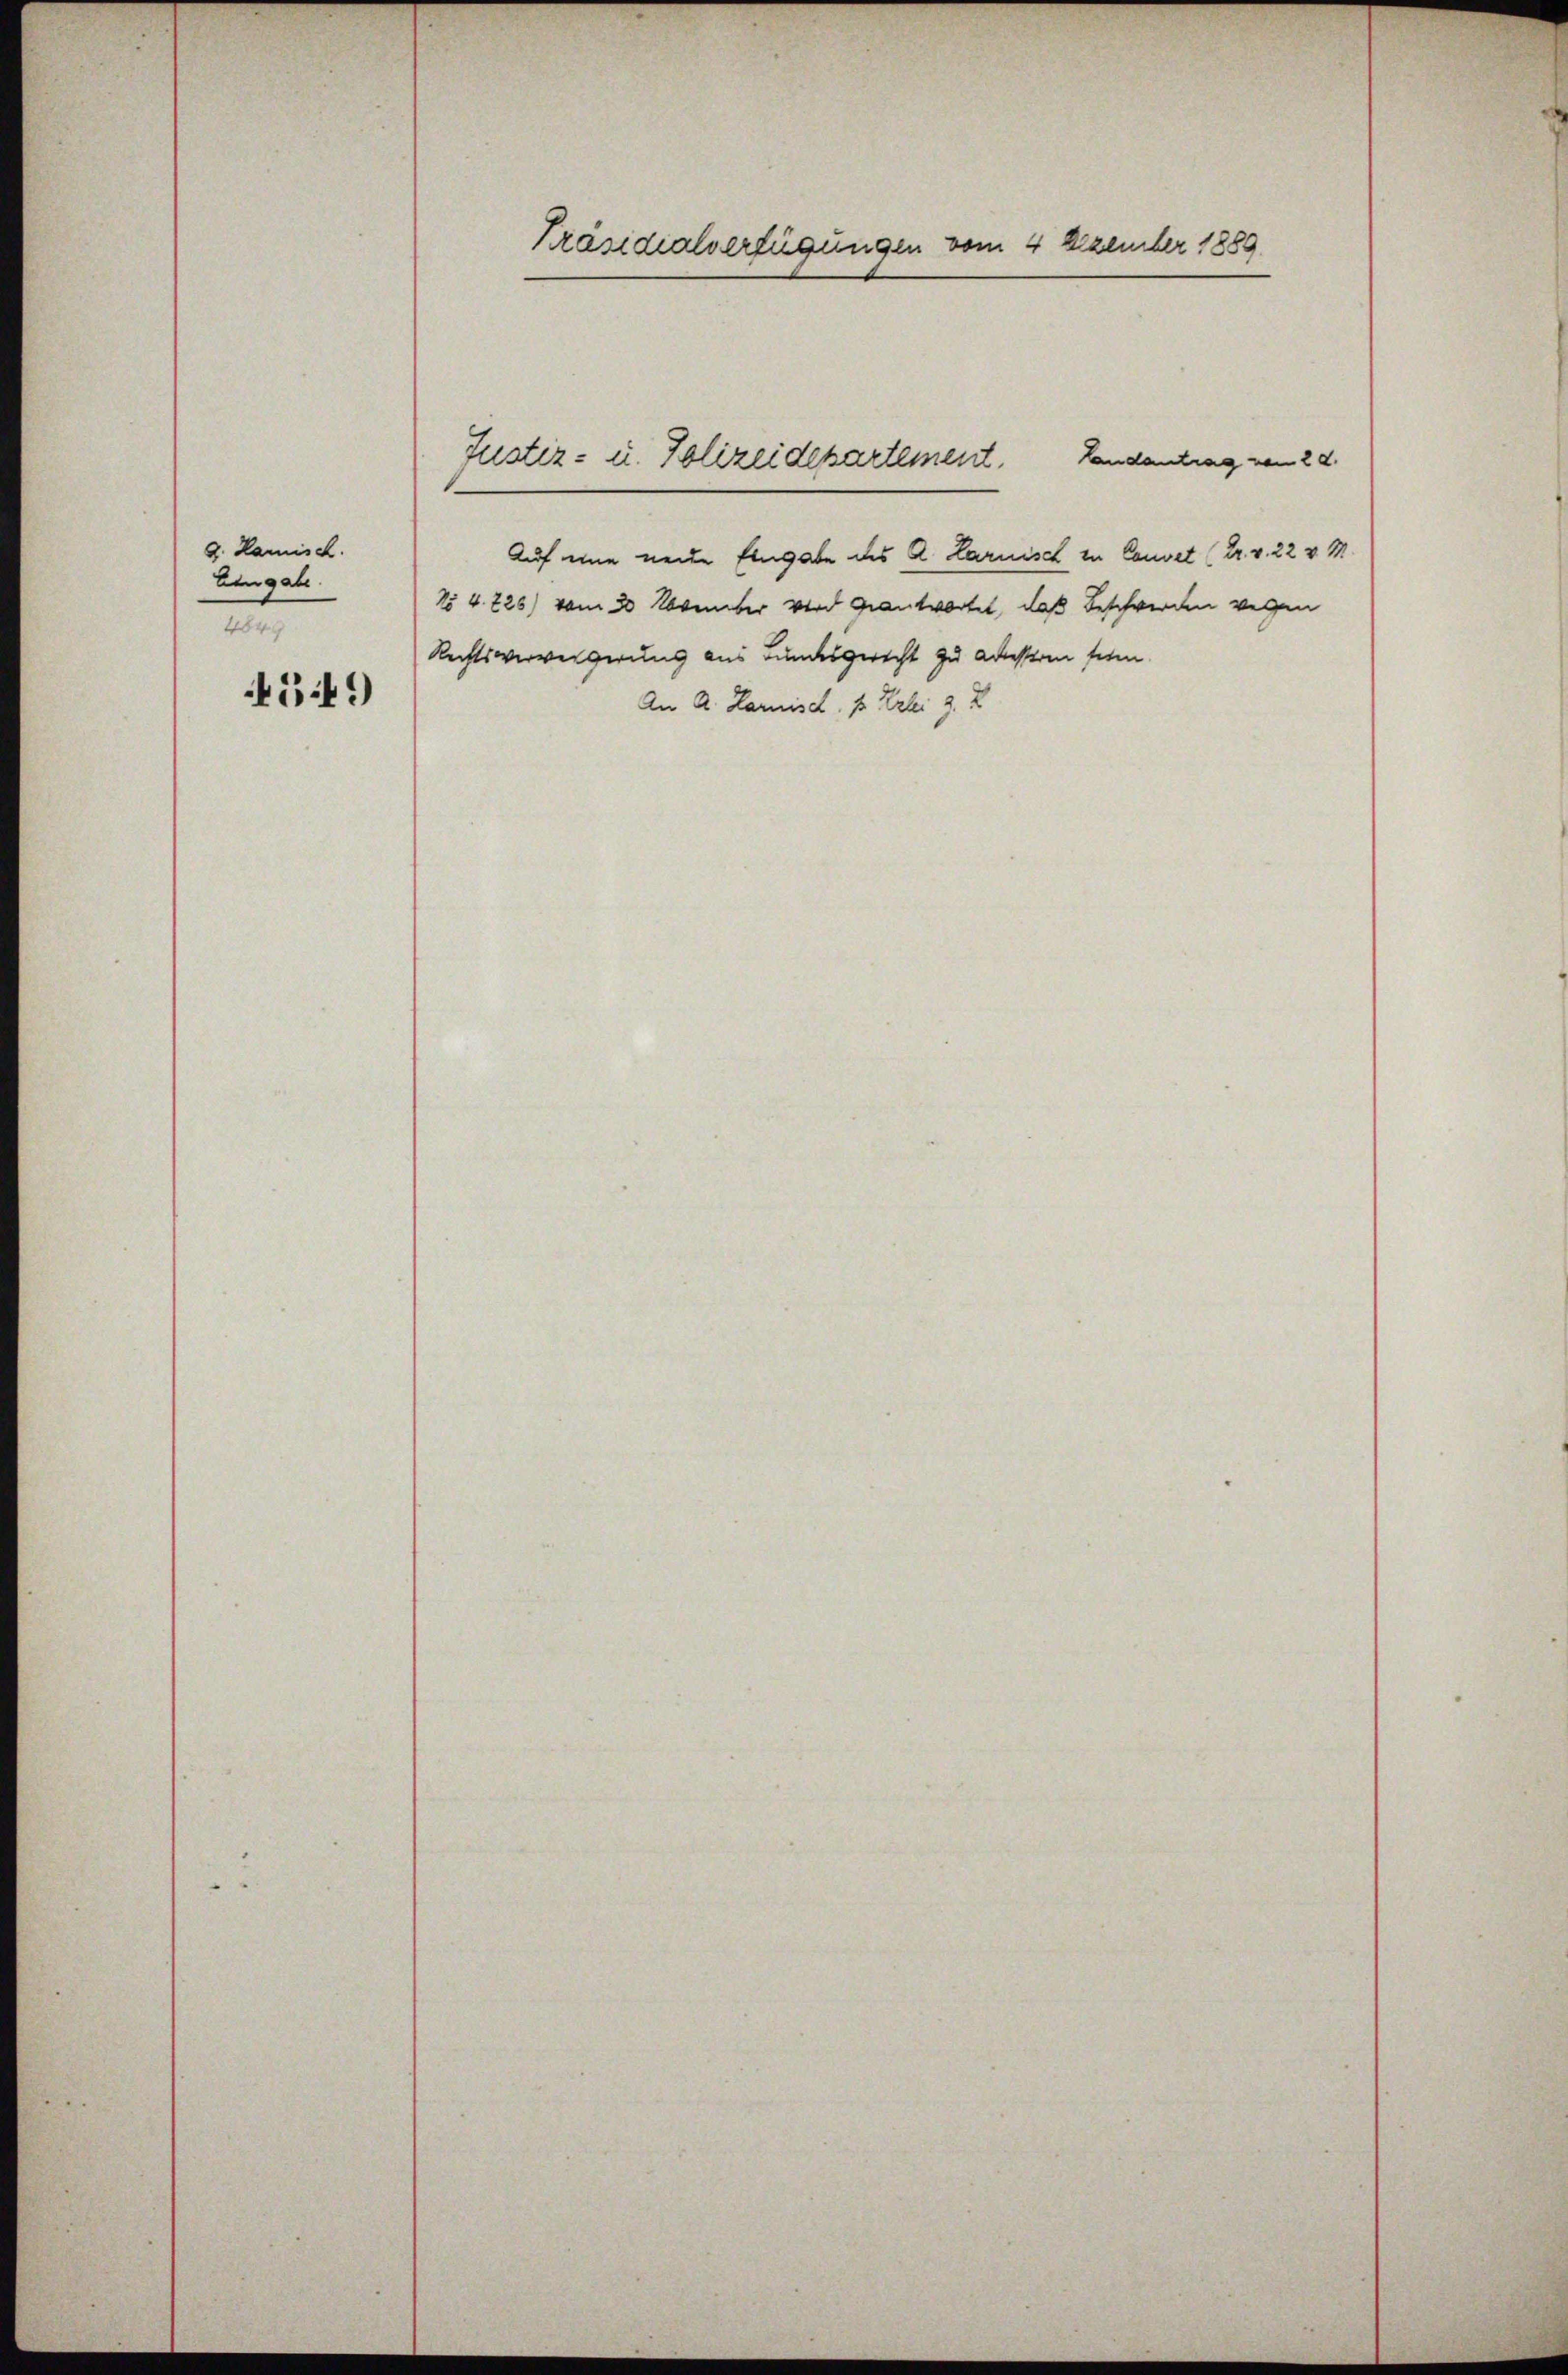
g. Kamisch.
Eingabe.
2
549

Präsidialverfügungen vom 4 Dezember 1889

Landantrag vom 28.
Auf eine neue Eingabe des A. Larnisch in Convet (Dr. v. 22 v. M.
No 4. 225) vom 20 Monnter wird geantwortet, daß Beschwerden wegen
Rechtsverweigerung aus Bundesgericht zu adresseren seien
An A. Karnisch, 1 Erlei z. Z

Justiz- u. Polizeidepartement.